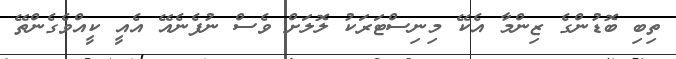
ތިބި ބޮޑުންގެ ޒިންމާ އެކޭ މިނިސްޓަރަކު ލޮލަށް ވެސް ނުފެނެއޭ އެއީ ކީއްވެގެންތޭ